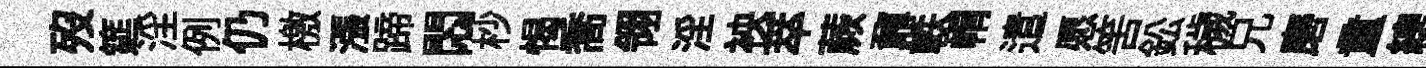
歿筵淫例仍檄漲蹄悶杪愒喬翎淫䘧萃蕨鼐軼㡌遣愿筈鈆穢兄磨童總